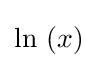
\mathrm {ln} \,\left(x\right)